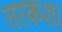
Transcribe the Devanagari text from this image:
तरकश।